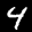
Label: 4